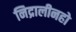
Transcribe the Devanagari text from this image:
निद्रालीनहो